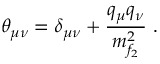
\theta _ { \mu \nu } = \delta _ { \mu \nu } + \frac { q _ { \mu } q _ { \nu } } { m _ { f _ { 2 } } ^ { 2 } } \ .